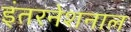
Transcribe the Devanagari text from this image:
इंतरनेशनाल